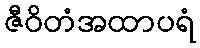
ဇီဝိတံအထာပရံ